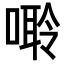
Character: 𠻠